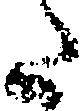
た